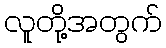
လူတို့အတွက်